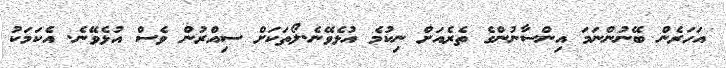
އަހަރެން ބޭނުންނަމަ އިންސާނުންގެ ތެރެއަށް ނިކުމެ އުޅެވޭނެ.ލޯތަކަށް ސިއްރުން ވެސް އުޅެވޭނެ. އެކަމަކު